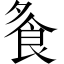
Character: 𩚏